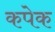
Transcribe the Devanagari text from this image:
कपेक